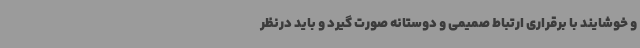
و خوشایند با برقراری ارتباط صمیمی و دوستانه صورت گیرد و باید درنظر